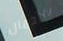
بالجمال